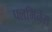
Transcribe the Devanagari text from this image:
फ्लमिनेंस